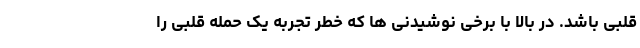
قلبی باشد. در بالا با برخی نوشیدنی ها که خطر تجربه یک حمله قلبی را